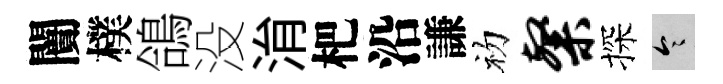
闠樸鴿没㳙杷沿謙初粲探令